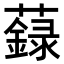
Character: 𧃆